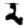
Digit: 2